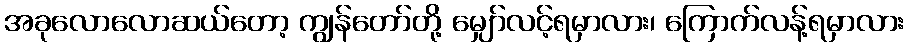
အခုလောလောဆယ်တော့ ကျွန်တော်တို့ မျှော်လင့်ရမှာလား၊ ကြောက်လန့်ရမှာလား